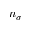
n _ { \sigma }